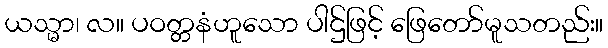
ယသ္မာ၊ လ။ ပဝတ္တနံဟူသော ပါဌ်ဖြင့် ဖြေတော်မူသတည်း။